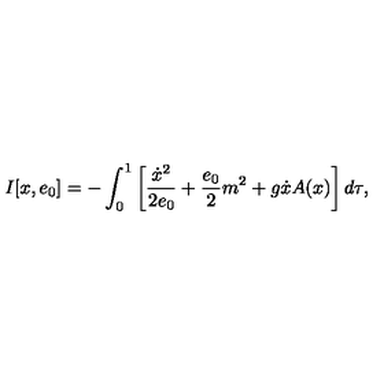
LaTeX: I [ x , e _ { 0 } ] = - \int _ { 0 } ^ { 1 } \left[ \frac { \dot { x } ^ { 2 } } { 2 e _ { 0 } } + \frac { e _ { 0 } } { 2 } m ^ { 2 } + g \dot { x } A ( x ) \right] d \tau ,